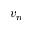
v _ { n }